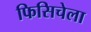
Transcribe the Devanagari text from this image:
फिसिचेला